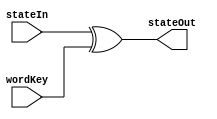
module AddRoundKey (stateIn, wordKey, stateOut);
// Main module parameters
input [0:127] stateIn;
input [0:127] wordKey;
output [0:127] stateOut;

assign stateOut = stateIn ^ wordKey;

endmodule